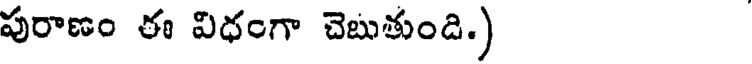
పురాణం ఈ విధంగా చెబుతుండి.)